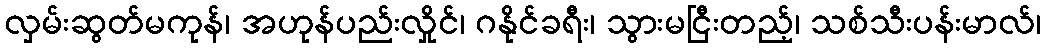
လှမ်းဆွတ်မကုန်၊ အဟုန်ပည်းလှိုင်၊ ဂနိုင်ခရီး၊ သွားမငြီးတည့်၊ သစ်သီးပန်းမာလ်၊